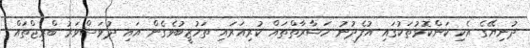
ދުނިޔޭގެ އެކި ކަންކޮޅުތަކުގައި އުފެދުނު ހަޟާރާތްތައް ކުރިއަރައި ތަހުޒީބުވެގެން އައި ދުވަސްވަރު ބްރިޖްތައް